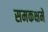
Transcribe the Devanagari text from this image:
समकक्षमे